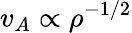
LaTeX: v_{A}\propto\rho^{-1/2}